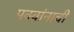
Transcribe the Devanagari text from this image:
पक्वांनाची